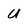
Character: U